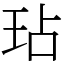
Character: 玷